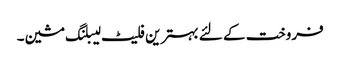
فروخت کے لئے بہترین فلیٹ لیبلنگ مشین۔